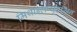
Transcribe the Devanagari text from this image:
मिथाइलप्युट्रसिन